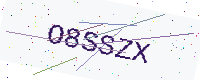
Text: O8SSZX